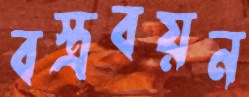
বস্ত্রবয়ন